Civil Veterinary Department Bihar & Orissa reports 1929-36 - 1929-1936
Year: 1929
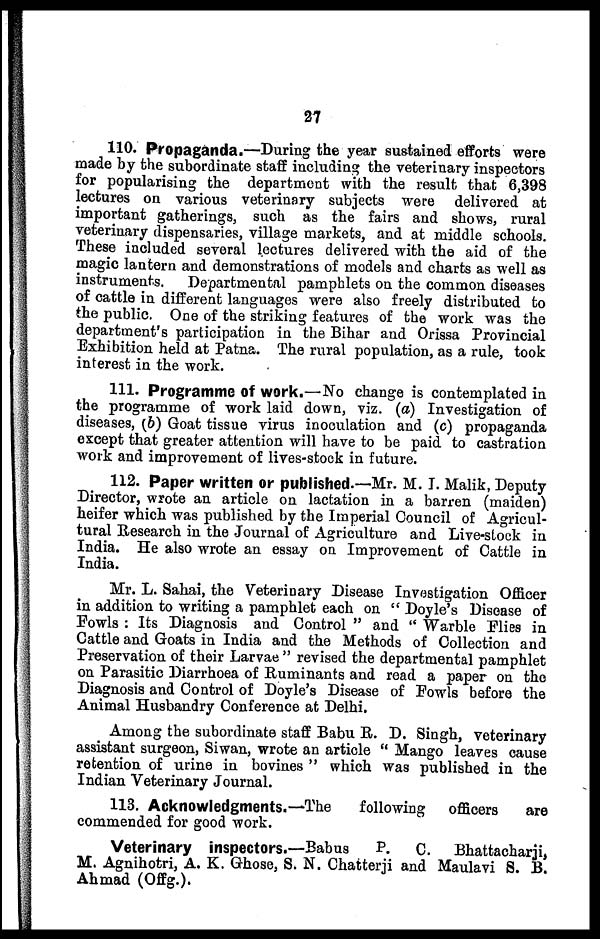
27
110. Propaganda.—During the year sustained efforts were
made by the subordinate staff including the veterinary inspectors
for popularising the department with the result that 6,398
lectures on various veterinary subjects were delivered at
important gatherings, such as the fairs and shows, rural
veterinary dispensaries, village markets, and at middle schools.
These included several lectures delivered with the aid of the
magic lantern and demonstrations of models and charts as well as
instruments.
Departmental pamphlets on the common diseases
of cattle in different languages were also freely distributed to
the public. One of the striking features of the work was the
department's participation in the Bihar and Orissa Provincial
Exhibition held at Patna. The rural population, as a rule, took
interest in the work.
111. Programme of work.—No change is contemplated in
the programme of work laid down, viz. (a) Investigation of
diseases, (b) Goat tissue virus inoculation and (c) propaganda
except that greater attention will have to be paid to castration
work and improvement of lives-stock in future.
112. Paper written or published.—Mr. M. I. Malik, Deputy
Director, wrote an article on lactation in a barren (maiden)
heifer which was published by the Imperial Council of Agricul-
tural Research in the Journal of Agriculture and Live-stock in
India. He also wrote an essay on Improvement of Cattle in
India.
Mr. L. Sahai, the Veterinary Disease Investigation Officer
in addition to writing a pamphlet each on " Doyle's Disease of
Fowls : Its Diagnosis and Control " and " Warble Flies in
Cattle and Goats in India and the Methods of Collection and
Preservation of their Larvae " revised the departmental pamphlet
on Parasitic Diarrhoea of Ruminants and read a paper on the
Diagnosis and Control of Doyle's Disease of Fowls before the
Animal Husbandry Conference at Delhi.
Among the subordinate staff Babu R. D. Singh, veterinary
assistant surgeon, Siwan, wrote an article " Mango leaves cause
retention of urine in bovines " which was published in the
Indian Veterinary Journal.
113. Acknowledgments.—The
following
officers
are
commended for good work.
Veterinary inspectors.—Babus
P.
C.
Bhattacharji,
M. Agnihotri, A. K. Ghose, S. N. Chatterji and Maulavi S. B.
Ahmad (Offg.).